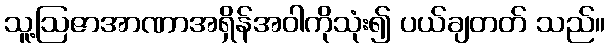
သူ့ဩဇာအာဏာအရှိန်အဝါကိုသုံး၍ ပယ်ချတတ် သည်။